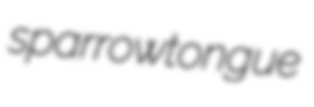
sparrowtongue